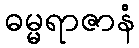
ဓမ္မရာဇာနံ